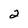
Character: 2